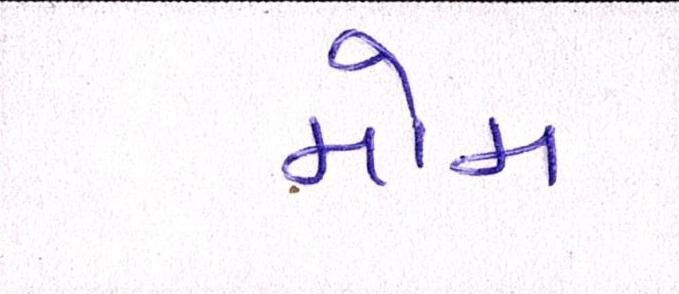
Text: મોમ